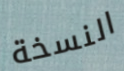
النسخة